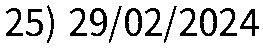
25) 29/02/2024